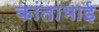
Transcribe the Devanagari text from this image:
कांताभाई